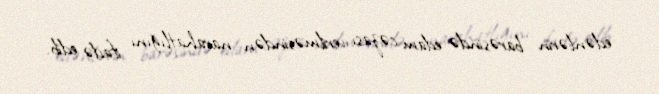
edənlərin barəsində edam cəzası verilməsindən narahatlığını ifadə edib.